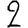
Digit: 2